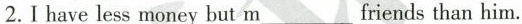
2.Ihave less money but m___friends than him.